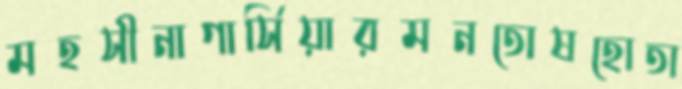
মহসীনাগার্সিয়ারমনতোষহোতা